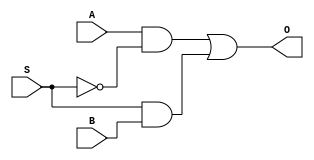
module mux1 (A,B,S,O);

input A,B,S;
output O;
wire A1,A2,Snot;


not not1 (Snot,S);
and and1(A1,A,Snot);
and and2(A2,S,B);

or or1(O,A1,A2); 

endmodule